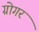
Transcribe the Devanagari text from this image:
ग्रोगर